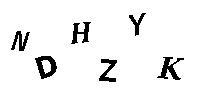
NDHZYK